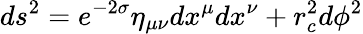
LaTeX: ds^{2}=e^{-2\sigma}\eta_{\mu\nu}dx^{\mu}dx^{\nu}+r_{c}^{2}d\phi^{2}